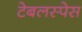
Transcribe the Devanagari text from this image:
टेबलस्पेस